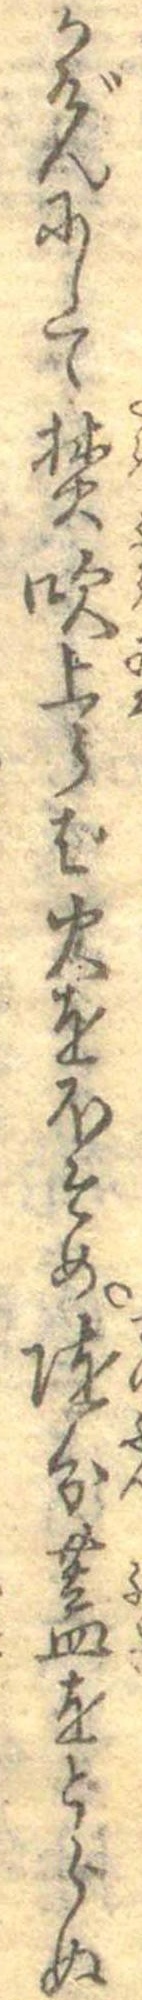
かげんにして焚吹上らば火をほそめ随分蓋をとらぬ